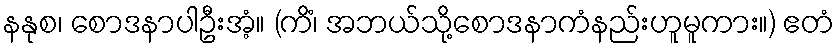
နနုစ၊ စောဒနာပါဦးအံ့။ (ကိံ၊ အဘယ်သို့စောဒနာကံနည်းဟူမူကား။) ဧတံ